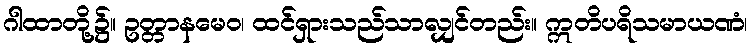
ဂါထာတို့၌။ ဥတ္တာနမေဝ၊ ထင်ရှားသည်သာလျှင်တည်း။ ဣတိပရိသမာယဏံ၊